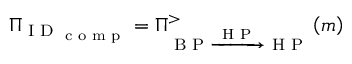
\Pi _ { \textrm { I D } _ { \textrm { c o m p } } } = \Pi _ { \textrm { B P } \xrightarrow { \textrm { H P } } \textrm { H P } } ^ { > } \left( m \right)